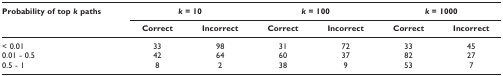
<table><thead><tr><td><b>Probability of top <i>k </i>paths</b></td><td colspan="2"><b><i>k </i>= 10</b></td><td colspan="2"><b><i>k </i>= 100</b></td><td colspan="2"><b><i>k </i>= 1000</b></td></tr><tr><td></td><td><b>Correct</b></td><td><b>Incorrect</b></td><td><b>Correct</b></td><td><b>Incorrect</b></td><td><b>Correct</b></td><td><b>Incorrect</b></td></tr></thead><tbody><tr><td>&lt; 0.01</td><td>33</td><td>98</td><td>31</td><td>72</td><td>33</td><td>45</td></tr><tr><td>0.01 - 0.5</td><td>42</td><td>64</td><td>60</td><td>37</td><td>82</td><td>27</td></tr><tr><td>0.5 - 1</td><td>8</td><td>2</td><td>38</td><td>9</td><td>53</td><td>7</td></tr></tbody></table>